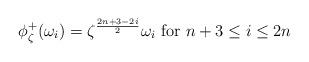
LaTeX: \begin{align*}\phi_{\zeta}^+(\omega_i) = \zeta^{\frac{2n+3-2i}{2}} \omega_i \mbox{ for } n+3 \leq i\leq 2n\end{align*}